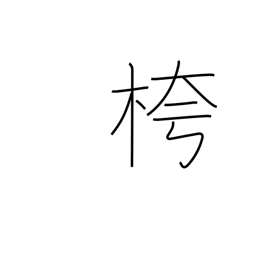
Meaning: empty